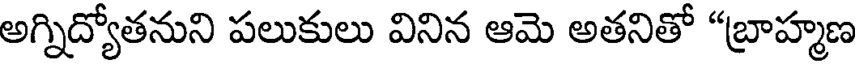
అగ్నిద్యోతనుని పలుకులు వినిన ఆమె అతనితో "బ్రాహ్మణ